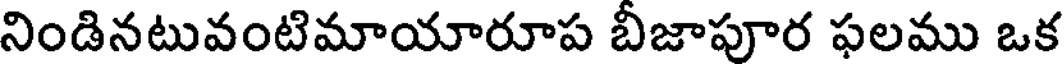
నిండినటువంటిమాయారూప బీజాపూర ఫలము ఒక